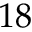
1 8